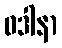
ဝဒါနာ